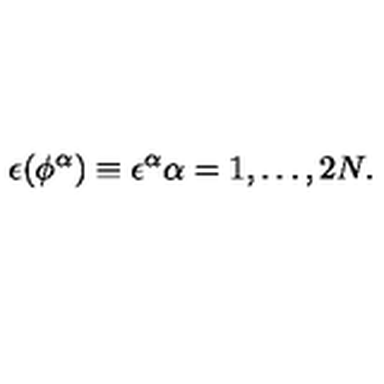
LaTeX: \epsilon ( \phi ^ { \alpha } ) \equiv \epsilon ^ { \alpha } \alpha = 1 , \ldots , 2 N .